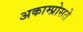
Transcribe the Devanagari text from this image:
अकाम्प्रोसते